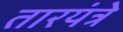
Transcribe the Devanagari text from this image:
तारयंत्रे